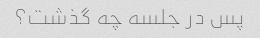
پس در جلسه چه گذشت؟